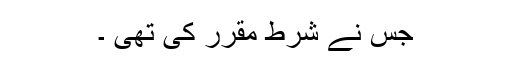
جس نے شرط مقرر کی تھی ۔